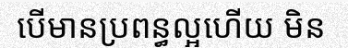
បើមានប្រពន្ធល្អហើយ មិន